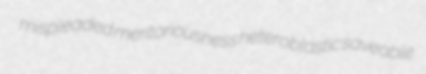
mispleaded meritoriousness heteroblastic saveable